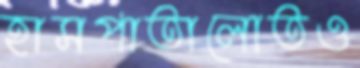
হাসপাতালোতও